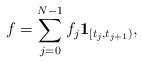
LaTeX: \begin{align*}f=\sum_{j=0}^{N-1}f_j \mathbf{1}_{[t_j,t_{j+1})},\end{align*}